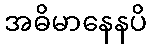
အဓိမာနေနပိ